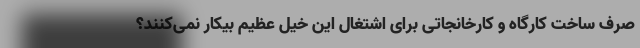
صرف ساخت کارگاه و کارخانجاتی برای اشتغال این خیل عظیم بیکار نمی‌کنند؟